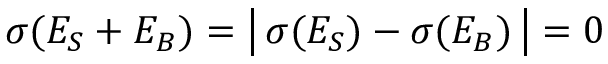
\sigma ( E _ { S } + E _ { B } ) = \left| \, \sigma ( E _ { S } ) - \sigma ( E _ { B } ) \, \right| = 0